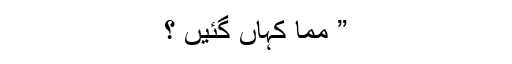
” ممّا کہاں گئیں ؟